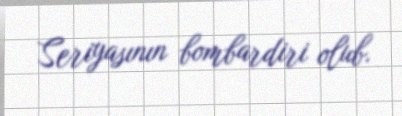
Seriyasının bombardiri olub.